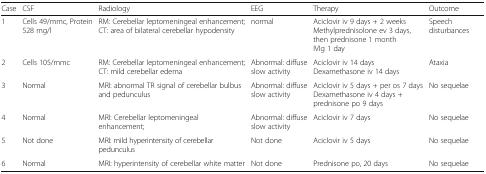
<table><thead><tr><td><b>Case</b></td><td><b>CSF</b></td><td><b>Radiology</b></td><td><b>EEG</b></td><td><b>Therapy</b></td><td><b>Outcome</b></td></tr></thead><tbody><tr><td>1</td><td>Cells 49/mmc, Protein 528 mg/l</td><td>RM: Cerebellar leptomeningeal enhancement; CT: area of bilateral cerebellar hypodensity</td><td>normal</td><td>Aciclovir iv 9 days + 2 weeksMethylprednisolone ev 3 days, then prednisone 1 monthIVIg 1 day</td><td>Speech disturbances</td></tr><tr><td>2</td><td>Cells 105/mmc</td><td>RM: Cerebellar leptomeningeal enhancement; CT: mild cerebellar edema</td><td>Abnormal: diffuse slow activity</td><td>Aciclovir iv 14 daysDexamethasone iv 14 days</td><td>Ataxia</td></tr><tr><td>3</td><td>Normal</td><td>MRI: abnormal TR signal of cerebellar bulbus and pedunculus</td><td>Abnormal: diffuse slow activity</td><td>Aciclovir iv 5 days + per os 7 daysDexamethasone iv 4 days + prednisone po 9 days</td><td>No sequelae</td></tr><tr><td>4</td><td>Normal</td><td>MRI: Cerebellar leptomeningeal enhancement;</td><td>Abnormal: diffuse slow activity</td><td>Aciclovir iv 7 days</td><td>No sequelae</td></tr><tr><td>5</td><td>Not done</td><td>MRI: mild hyperintensity of cerebellar pedunculus</td><td>Not done</td><td>Aciclovir iv 5 days</td><td>No sequelae</td></tr><tr><td>6</td><td>Normal</td><td>MRI: hyperintensity of cerebellar white matter</td><td>Not done</td><td>Prednisone po, 20 days</td><td>No sequelae</td></tr></tbody></table>